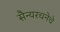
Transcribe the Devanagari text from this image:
सैन्यरचनेचे